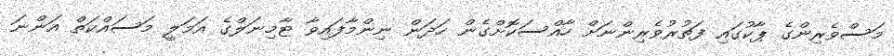
މަސްވެރިންގެ ޕާކުގައި ފަތުރުވެރިންނަށް ހާއްސަކޮށްގެން ހަދަން ނިންމާފައިވާ ޓާމިނަލްގެ އަމަލީ މަސައްކަތް އަންނަ